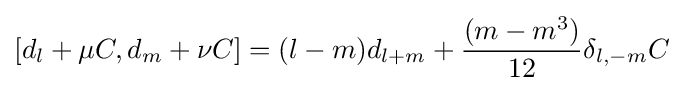
[d_{l}+\mu C,d_{m}+\nu C]=(l-m)d_{l+m}+{\frac {(m-m^{3})}{12}}\delta _{l,-m}C